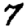
Digit: 7